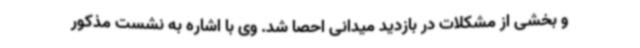
و بخشی از مشکلات در بازدید میدانی احصا شد. وی با اشاره به نشست مذکور